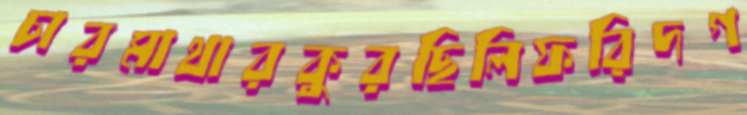
চারমাথারকুরছিলিফরিদগ